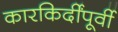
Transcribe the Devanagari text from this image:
कारकिर्दींपूर्वी